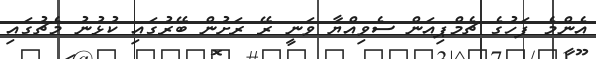
އެންމެ ފަހުގެ ޗެމްޕިއަން ސެވިއްޔާ ވަނީ ރޭ ރަށުން ބޭރުގައި ކުޅުނު މެޗުގައި